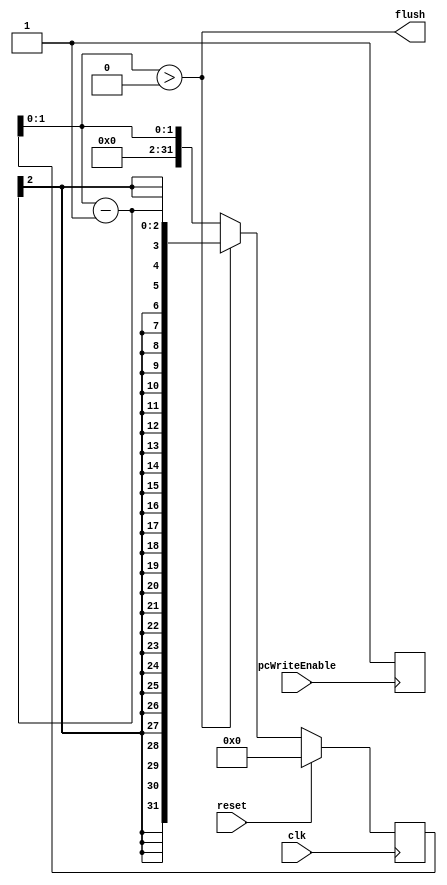
module Flush (
	input			clk, reset, pcWriteEnable,
	output		flush
);

integer i = 0;

assign flush = i > 0;

always @(posedge pcWriteEnable) if (pcWriteEnable) i = 3;

always @(posedge clk)
begin
	if (reset) i = 0;
	else if (flush) i = i - 1;
end

endmodule